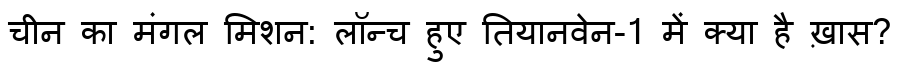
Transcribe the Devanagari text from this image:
चीन का मंगल मिशन: लॉन्च हुए तियानवेन-1 में क्या है ख़ास?